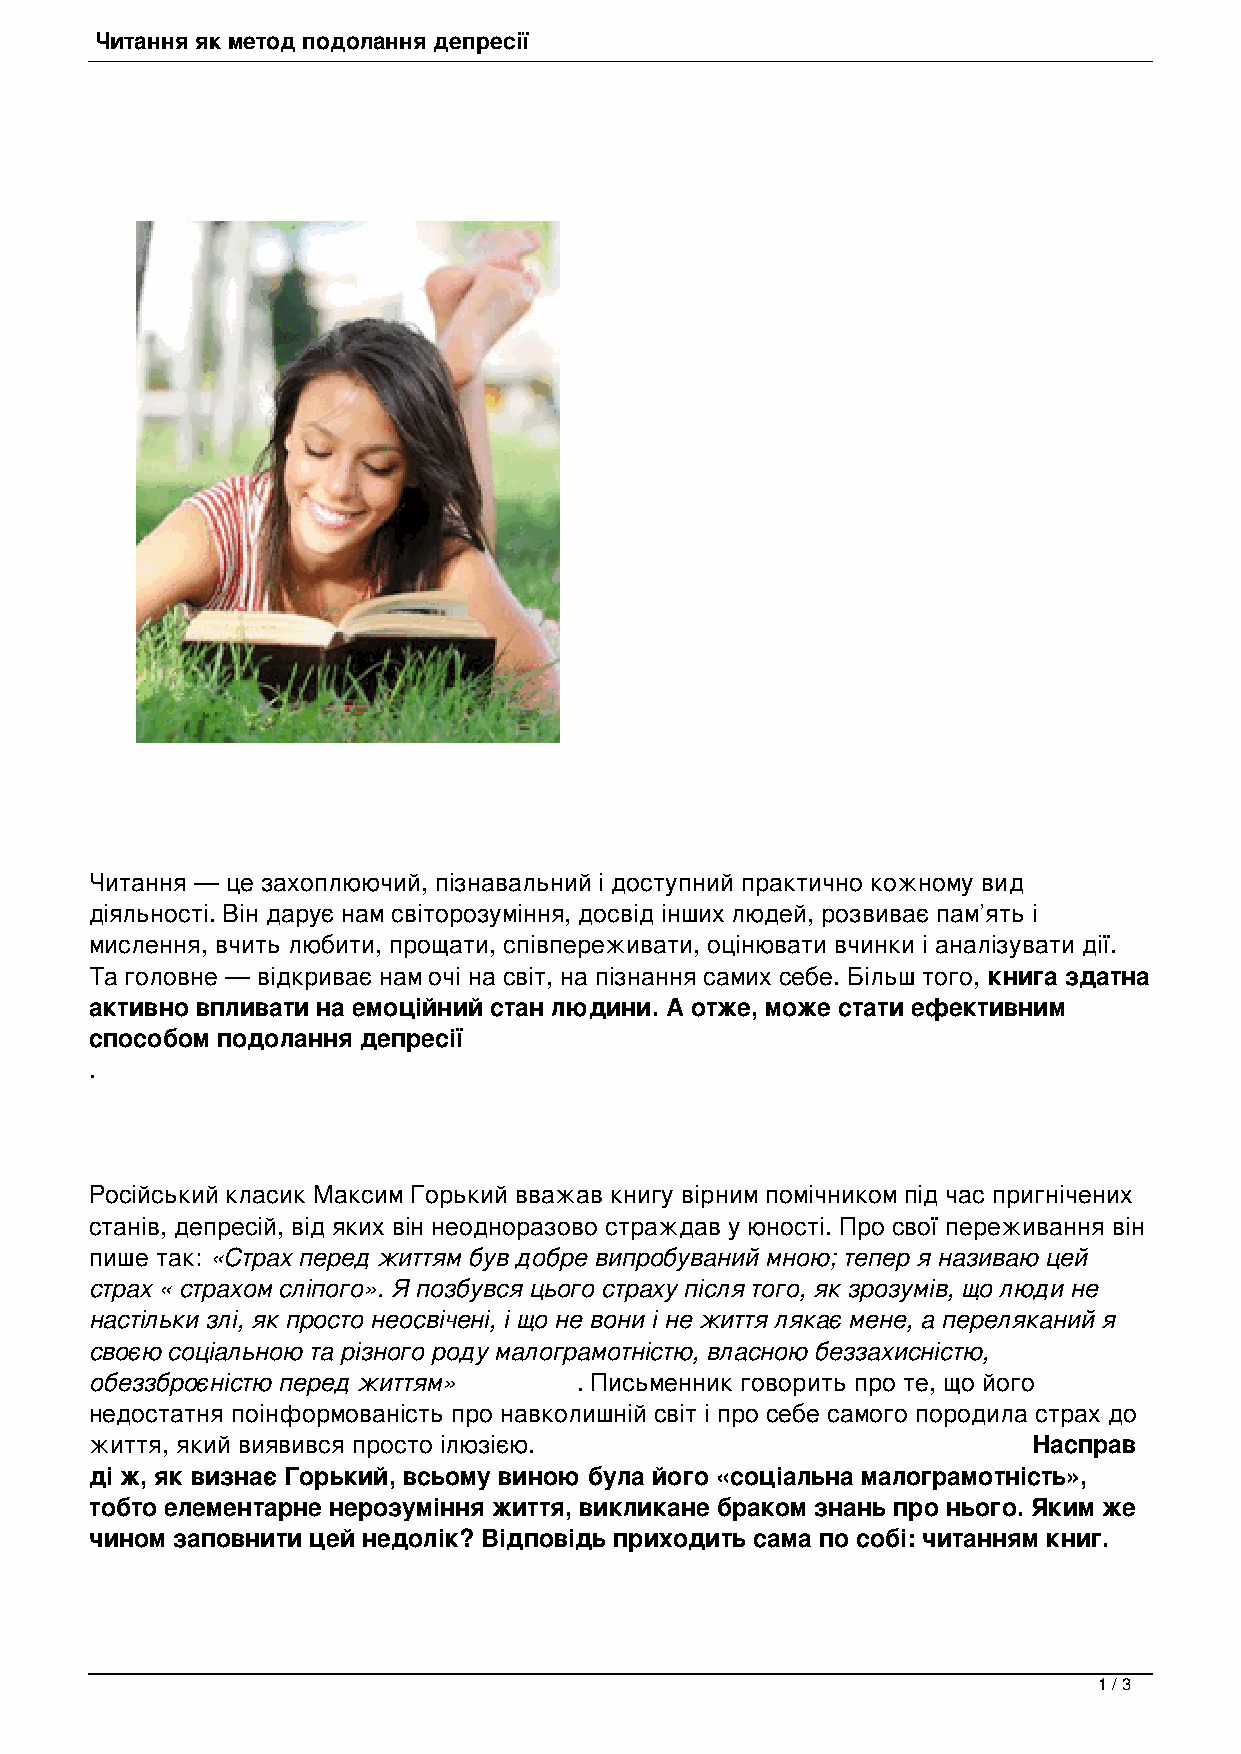
Читання як метод подолання депресії
 Читання — це захоплюючий, пізнавальний і доступний практично кожному вид
 діяльності. Він дарує нам світорозуміння, досвід інших людей, розвиває пам’ять і
 мислення, вчить любити, прощати, співпереживати, оцінювати вчинки і аналізувати дії.
 Та головне — відкриває нам очі на світ, на пізнання самих себе. Більш того, книга здатна
 активно впливати на емоційний стан людини. А отже, може стати ефективним
 способом подолання депресії
 .
 Російський класик Максим Горький вважав книгу вірним помічником під час пригнічених
 станів, депресій, від яких він неодноразово страждав у юності. Про свої переживання він
 пише так: «Страх перед життям був добре випробуваний мною; тепер я називаю цей
 страх « страхом сліпого». Я позбувся цього страху після того, як зрозумів, що люди не
 настільки злі, як просто неосвічені, і що не вони і не життя лякає мене, а переляканий я
 своєю соціальною та різного роду малограмотністю, власною беззахисністю,
 обеззброєністю перед життям»    . Письменник говорить про те, що його
 недостатня поінформованість про навколишній світ і про себе самого породила страх до
 життя, який виявився просто ілюзією.                          Насправ
 ді ж, як визнає Горький, всьому виною була його «соціальна малограмотність»,
 тобто елементарне нерозуміння життя, викликане браком знань про нього. Яким же
 чином заповнити цей недолік? Відповідь приходить сама по собі: читанням книг.
 1 / 3